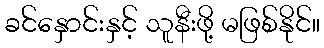
ခင်နှောင်းနှင့် သူနီးဖို့ မဖြစ်နိုင်။